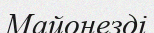
Майонезді